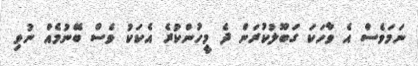
ނަމަވެސް އެ ވާހަކަ ގަބޫލުކުރަން ދެ މީހުންކުރެ އެކަކު ވެސް ބޭނުމެއް ނުވި